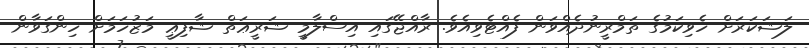
ލަޝަކަރަށް ހެވިކަމުގެ ތަމްރީނުދެއްވަން ފެއްޓެވިއެވެ. ރާއްޖޭގައި އިސްލާމީ ޝަރީޢަތް ޝާފިޢީ މަޒުހަމަށް ހިންގަވާން